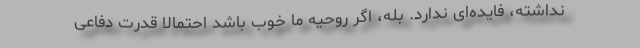
نداشته، فایده‌ای ندارد. بله، اگر روحیه ما خوب باشد احتمالا قدرت دفاعی